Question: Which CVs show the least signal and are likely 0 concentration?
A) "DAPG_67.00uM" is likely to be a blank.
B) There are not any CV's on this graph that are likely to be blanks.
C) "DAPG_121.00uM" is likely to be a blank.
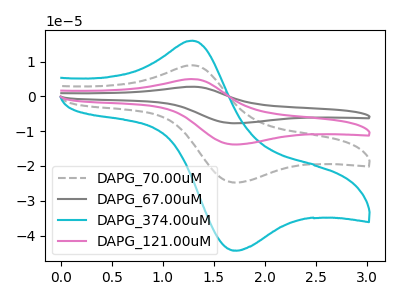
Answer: <think>The gray dashed curve "DAPG_70.00uM" has an anodic peak at (1.30V, 8.95uA) and a cathodic peak at (1.75V, -24.75uA). The gray curve "DAPG_67.00uM" has an anodic peak at (1.30V, 26.85uA) and a cathodic peak at (1.75V, -74.20uA). The cyan curve "DAPG_374.00uM" has an anodic peak at (1.30V, 16.05uA) and a cathodic peak at (1.75V, -44.30uA). The pink curve "DAPG_121.00uM" has an anodic peak at (1.30V, 17.90uA) and a cathodic peak at (1.75V, -49.50uA).</think>
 <answer>B) There are not any CV's on this graph that are likely to be blanks.</answer>
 <eval>B</eval>